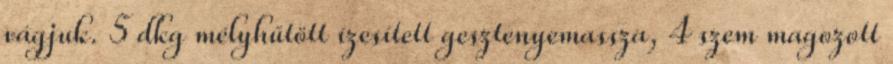
vágjuk. 5 dkg mélyhűtött ízesített gesztenyemassza, 4 szem magozott